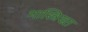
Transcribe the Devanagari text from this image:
मास्त्रिख्त